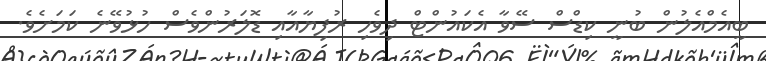
ބީއެމްއެލުން ބުނީ ކިޑްސް ސޭވާ އެކައުންޓް ދިވެހި ރުފިޔާއާއި ޑޮލަރުންވެސް ހުޅުވޭނެ ކަމަށެވެ.